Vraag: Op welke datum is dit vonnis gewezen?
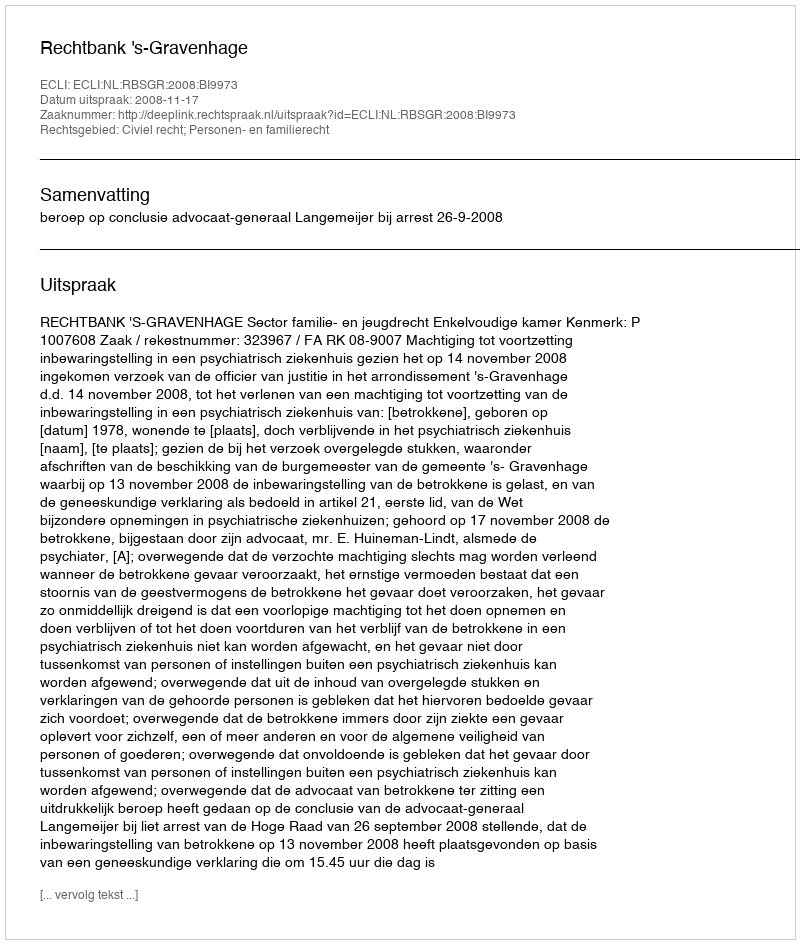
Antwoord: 2008-11-17